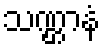
သဏ္ဌာနံ